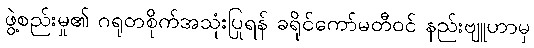
ဖွဲ့စည်းမှု၏ ဂရုတစိုက်အသုံးပြုရန် ခရိုင်ကော်မတီဝင် နည်းဗျူဟာမှ